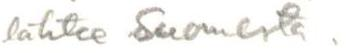
lähtee Suomesta.